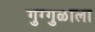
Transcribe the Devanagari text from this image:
गुग्गुळाला